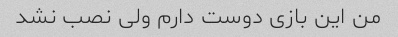
من این بازی دوست دارم ولی نصب نشد